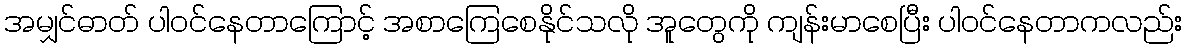
အမျှင်ဓာတ် ပါဝင်နေတာကြောင့် အစာကြေစေနိုင်သလို အူတွေကို ကျန်းမာစေပြီး ပါဝင်နေတာကလည်း